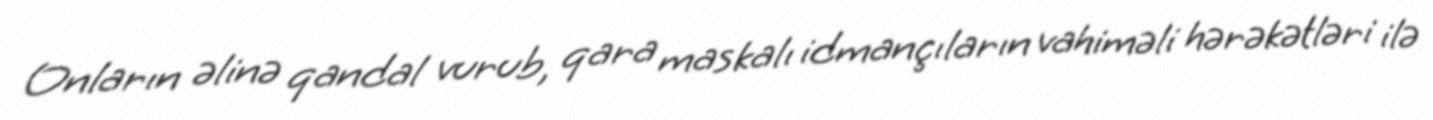
Onların əlinə qandal vurub, qara maskalı idmançıların vahiməli hərəkətləri ilə